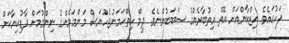
ފަހުގައެވެ. އިޒްކާންއަށް އޮތް އިތުބާރެއްގެ ސަބަބުންނެވެ. ދީމް ހިތްހަމަނުޖެހުނަސް މަންމަމެންގެ ނިންމުމަށް ފާޑުކިޔާކަށް